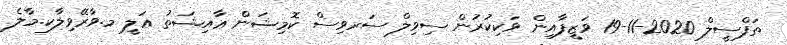
ތަފްސީލް 2020-11-19 ވަޒީފާއިން ވަކިކުރުން ސިވިލް ސަރވިސް ކޮމިޝަން ޢާއިޝަތު ޢަލީ މ.ވާރޭވިލާކ.މާލެ